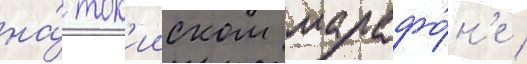
на́ ток'ииском марафо́н'е /